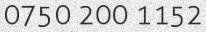
0750 200 1152